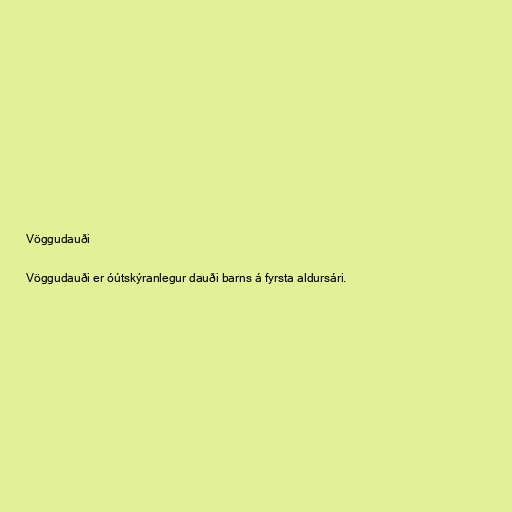
Vöggudauði

Vöggudauði er óútskýranlegur dauði barns á fyrsta aldursári.